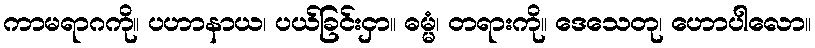
ကာမရာဂကို။ ပဟာနာယ၊ ပယ်ခြင်းငှာ။ ဓမ္မံ၊ တရားကို။ ဒေသေတု၊ ဟောပါလော။